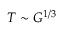
T \sim G ^ { 1 / 3 }